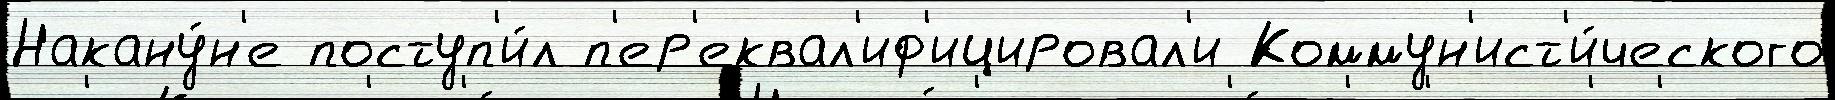
Накану́н'е поступ'и́л п'ер'еквал'иф'ицировал'и Коммун'ист'и́ческого